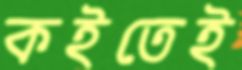
কইতেই